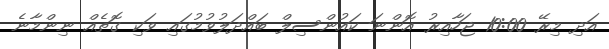
އަދި މިރޭ 10:00 ޖަހާއިރު އޮންނަ ކައުންސިލް ބައްދަލުވުމުގައި ވަކި ގޮތެއް ނިންމާނެ